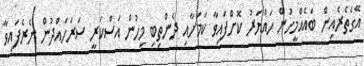
އޭގެތެރެއިން ބައެއްމީހުން ހައްޔަރު ކޮށްފައިވާ ކަމަށާއި ދެންތިބި މީހުން އަސްކަރީ ސަރަހައްދުން ނެރެފައިވާ